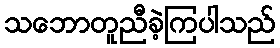
သဘောတူညီခဲ့ကြပါသည်